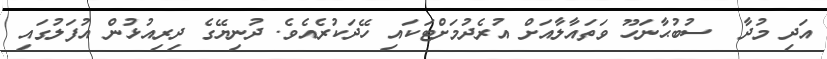
އަދި މުދާ  ސުބުޙާނަހޫ ވަތައާލާއަށް އުރެދުމަށްޓަކައި ހޭދަކުރެއެވެ. ދުނިޔޭގެ ދިރިއުޅުން އުފަލުގައި